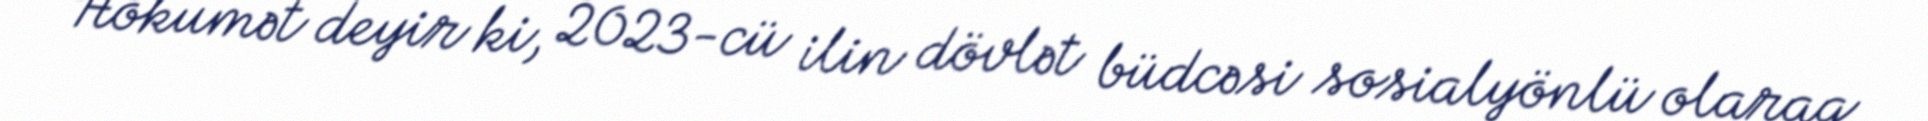
Hökumət deyir ki, 2023-cü ilin dövlət büdcəsi sosialyönlü olaraq